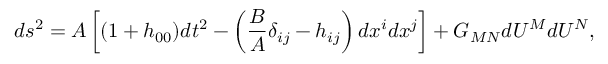
d s ^ { 2 } = A \left[ ( 1 + h _ { 0 0 } ) d t ^ { 2 } - \left( \frac { B } { A } \delta _ { i j } - h _ { i j } \right) d x ^ { i } d x ^ { j } \right] + G _ { M N } d U ^ { M } d U ^ { N } ,